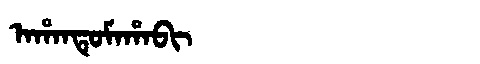
Manchu: ᠠᡥᠠᠨᡨᡠᠮᠠᡥᠠᠪᡳ
Romanization: AHANTUMAHABI